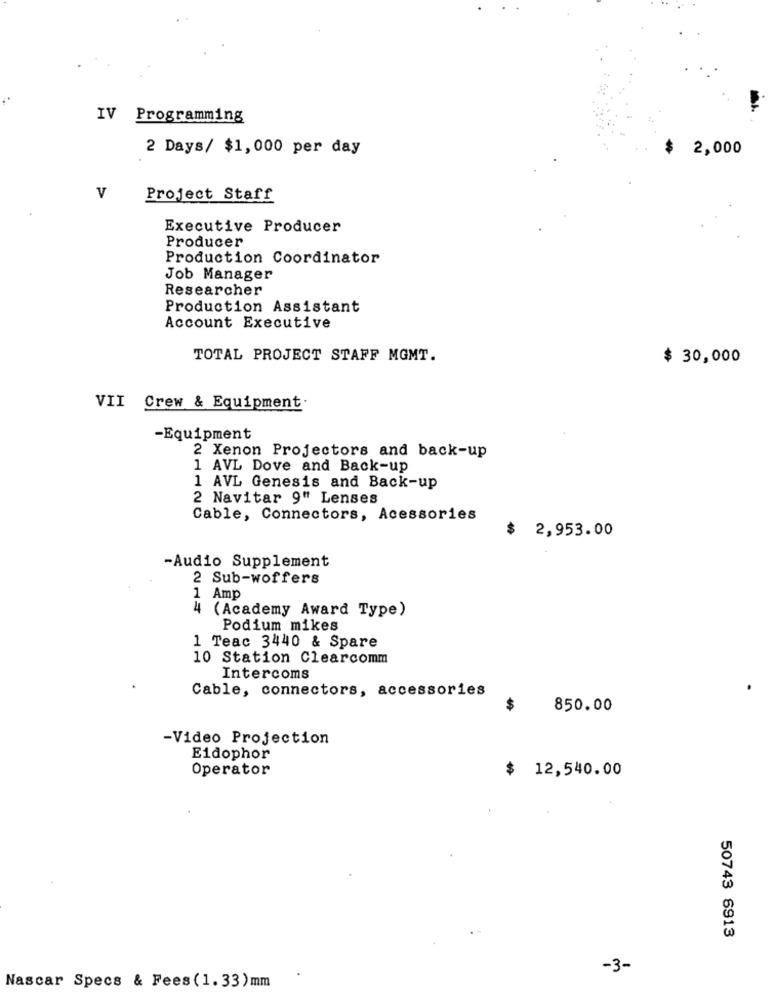
IV Programming
2 Days/ $1,000 per day
$
2,000
V
Project Staff
Executive Producer
Producer
Production Coordinator
Job Manager
Researcher
Production Assistant
Account Executive
TOTAL PROJECT STAFF MGMT.
$ 30,000
VII Crew & Equipment.
-Equipment
2 Xenon Projectors and back-up
1 AVL Dove and Back-up
1 AVL Genesis and Back-up
2 Navitar 9" Lenses
Cable, Connectors, Acessories
$ 2,953.00
-Audio Supplement
2 Sub-woffers
1 Amp
4 (Academy Award Type)
Podium mikes
1 Teac 3440 & Spare
10 Station Clearcomm
Intercoms
Cable, connectors, accessories
$
850.00
-Video Projection
Eidophor
Operator
$ 12,540.00
50743 6913
-3-
Nascar Specs & Fees(1.33)mm